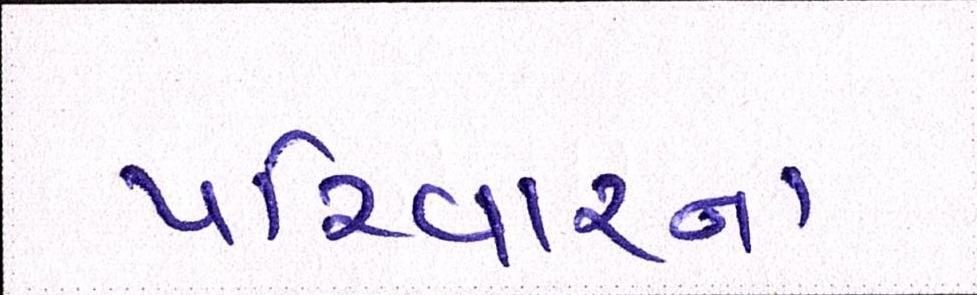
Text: પરિવારના